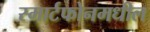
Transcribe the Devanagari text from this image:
स्मार्टफोनमधील